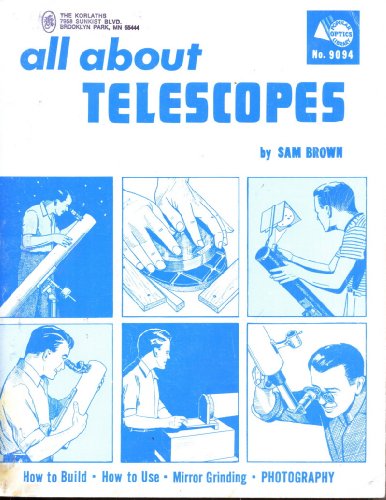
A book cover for All About Telescopes; Sam Brown; Science & Math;